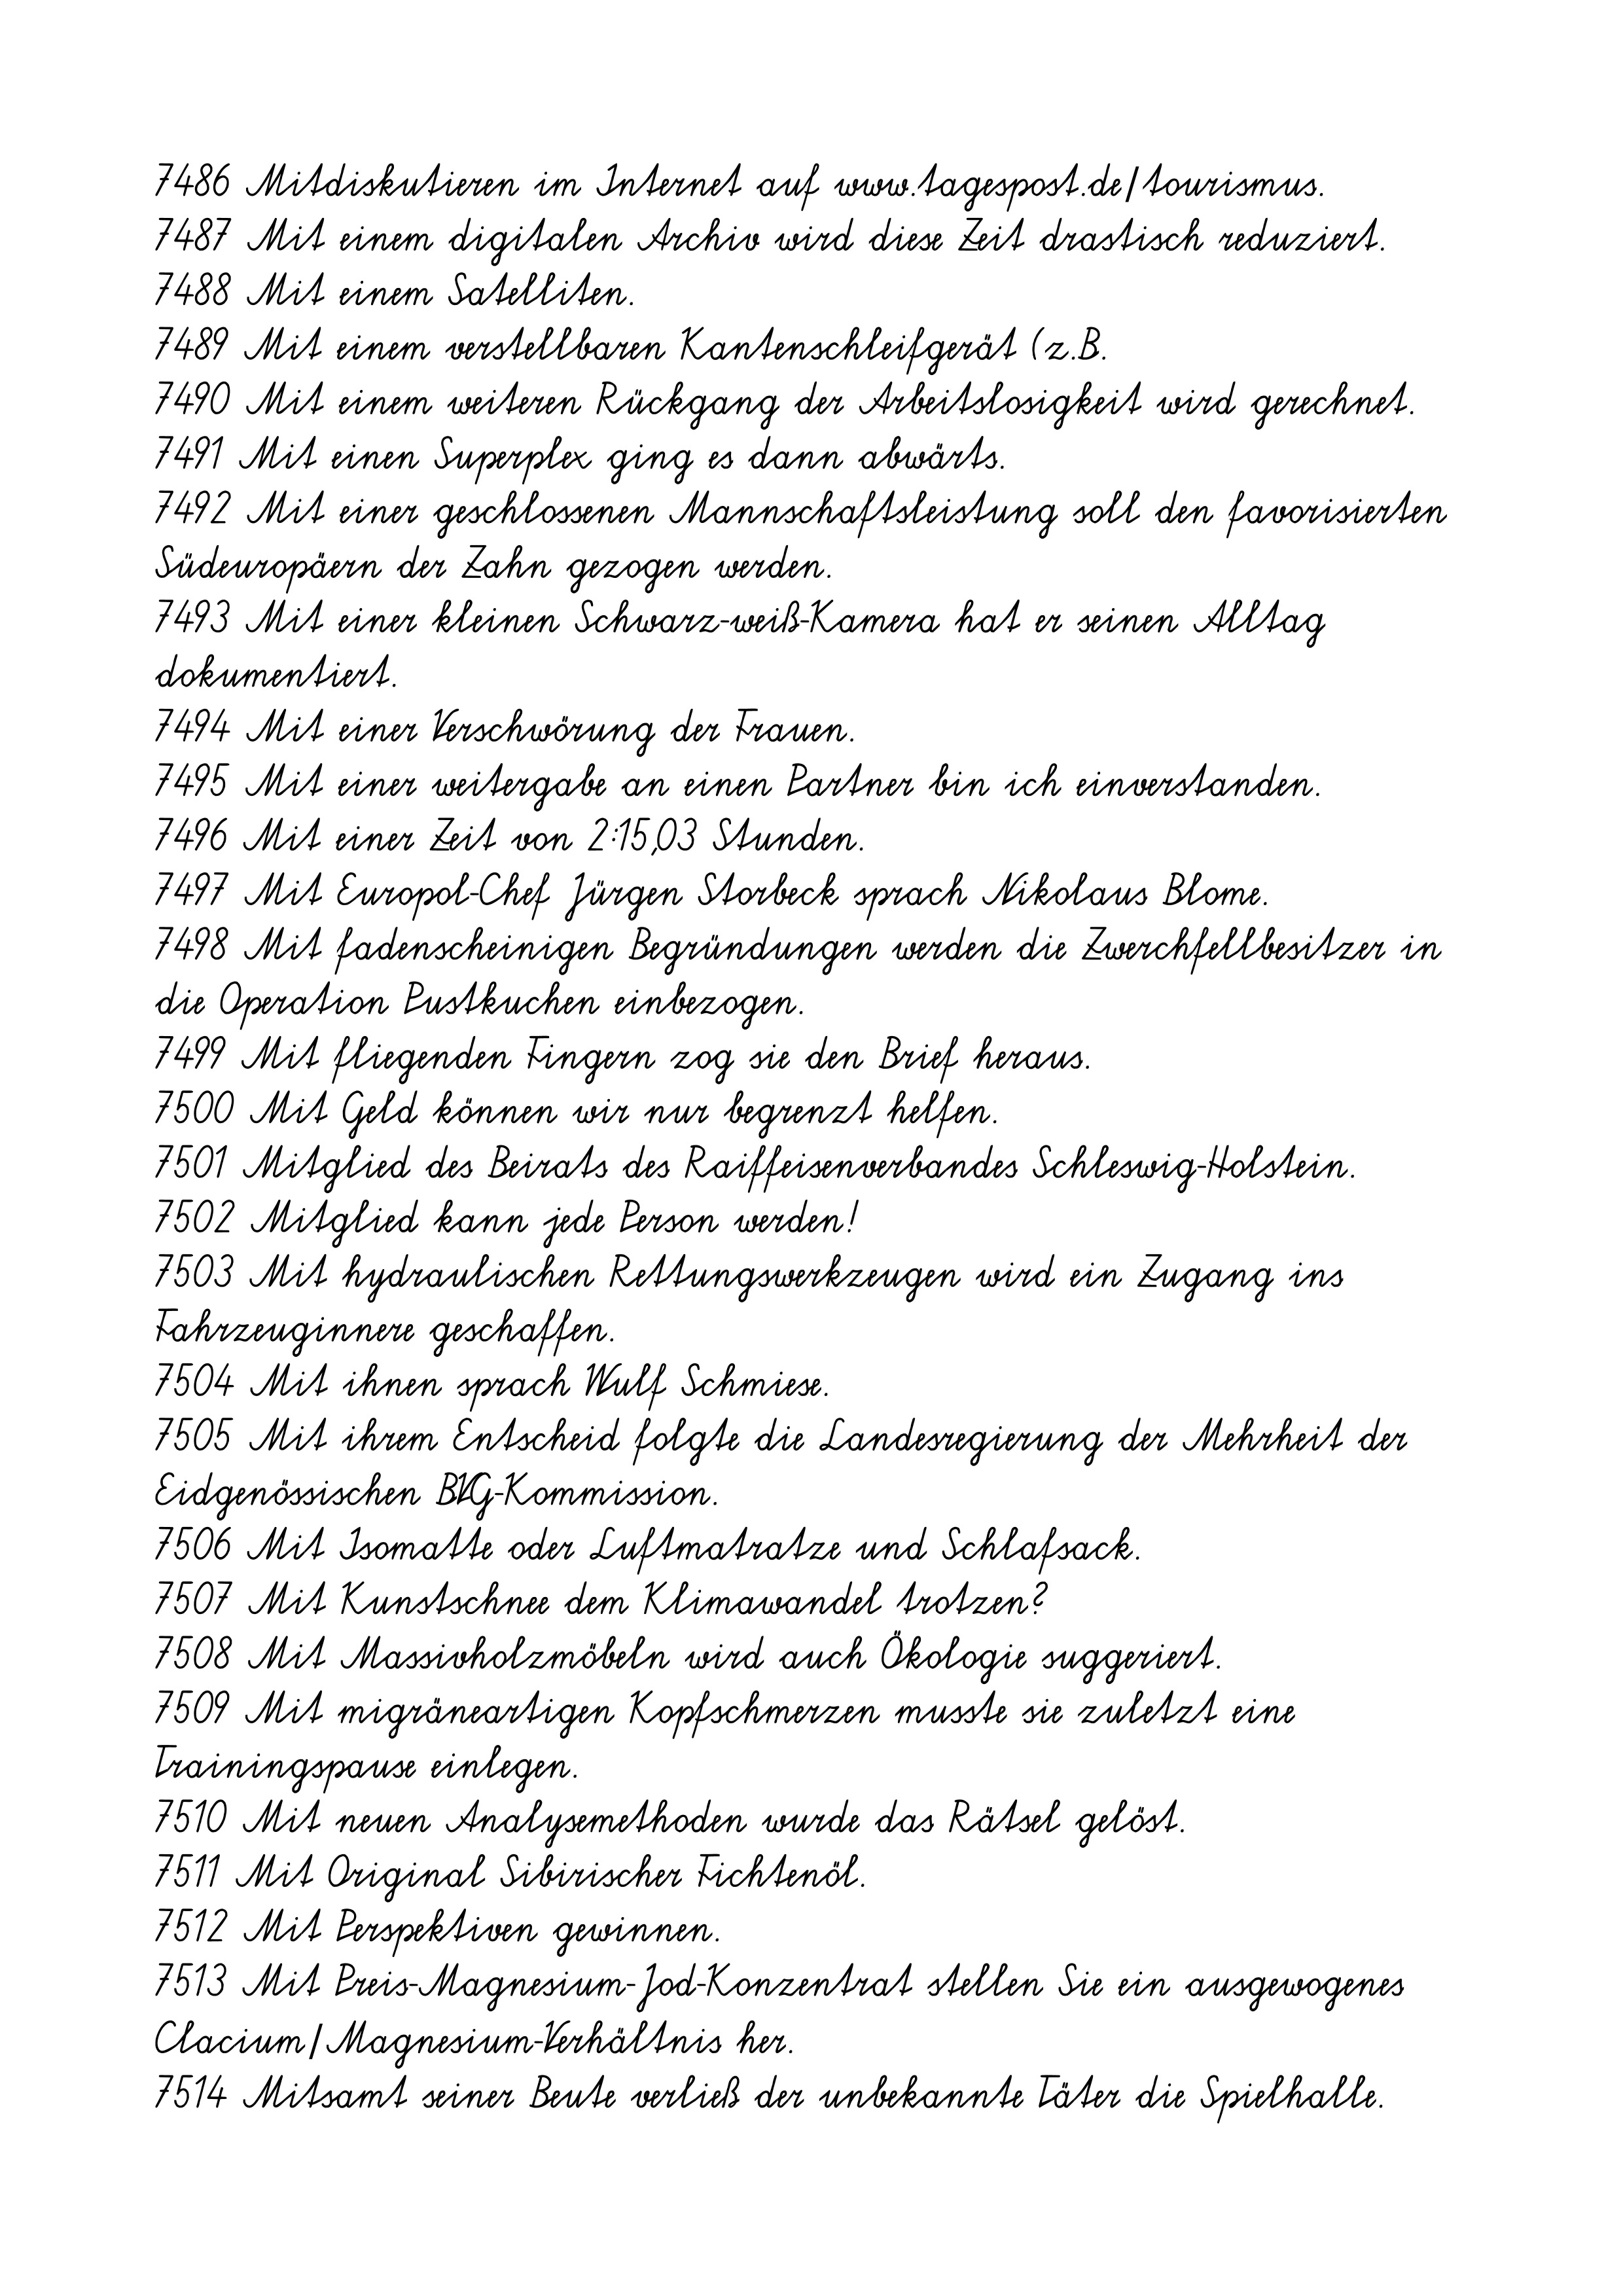
7486 Mitdiskutieren im Internet auf www.tagespost.de/tourismus.
7487 Mit einem digitalen Archiv wird diese Zeit drastisch reduziert.
7488 Mit einem Satelliten.
7489 Mit einem verstellbaren Kantenschleifgerät (z.B.
7490 Mit einem weiteren Rückgang der Arbeitslosigkeit wird gerechnet.
7491 Mit einen Superplex ging es dann abwärts.
7492 Mit einer geschlossenen Mannschaftsleistung soll den favorisierten
Südeuropäern der Zahn gezogen werden.
7493 Mit einer kleinen Schwarz-weiß-Kamera hat er seinen Alltag
dokumentiert.
7494 Mit einer Verschwörung der Frauen.
7495 Mit einer weitergabe an einen Partner bin ich einverstanden.
7496 Mit einer Zeit von 2:15,03 Stunden.
7497 Mit Europol-Chef Jürgen Storbeck sprach Nikolaus Blome.
7498 Mit fadenscheinigen Begründungen werden die Zwerchfellbesitzer in
die Operation Pustkuchen einbezogen.
7499 Mit fliegenden Fingern zog sie den Brief heraus.
7500 Mit Geld können wir nur begrenzt helfen.
7501 Mitglied des Beirats des Raiffeisenverbandes Schleswig-Holstein.
7502 Mitglied kann jede Person werden!
7503 Mit hydraulischen Rettungswerkzeugen wird ein Zugang ins
Fahrzeuginnere geschaffen.
7504 Mit ihnen sprach Wulf Schmiese.
7505 Mit ihrem Entscheid folgte die Landesregierung der Mehrheit der
Eidgenössischen BVG-Kommission.
7506 Mit Isomatte oder Luftmatratze und Schlafsack.
7507 Mit Kunstschnee dem Klimawandel trotzen?
7508 Mit Massivholzmöbeln wird auch Ökologie suggeriert.
7509 Mit migräneartigen Kopfschmerzen musste sie zuletzt eine
Trainingspause einlegen.
7510 Mit neuen Analysemethoden wurde das Rätsel gelöst.
7511 Mit Original Sibirischer Fichtenöl.
7512 Mit Perspektiven gewinnen.
7513 Mit Preis-Magnesium-Jod-Konzentrat stellen Sie ein ausgewogenes
Clacium/Magnesium-Verhältnis her.
7514 Mitsamt seiner Beute verließ der unbekannte Täter die Spielhalle.